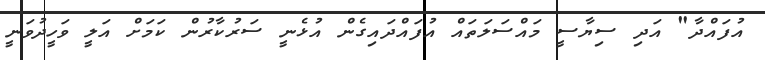
އުފައްދާ" އަދި ސިޔާސީ މައްސަލަތައް އުފައްދައިގެން އުޅެނީ ސަރުކާރުން ކަމަށް އަލީ ވަހީދުވަނީ